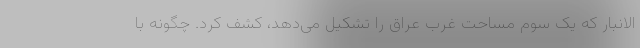
الانبار که یک سوم مساحت غرب عراق را تشکیل می‌دهد، کشف کرد. چگونه با